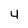
Character: 4